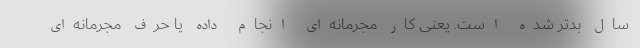
سال بدتر شده است. یعنی کار مجرمانه‌ای انجام داده یا حرف مجرمانه‌ای